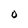
Character: O